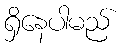
ရှိနေပါမည်